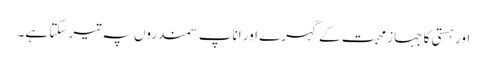
اور ہستی کا جہاز محبت کے گہرے اور اناپ سمندروں پہ تیر سکتا ہے۔